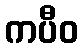
ကပီဝ